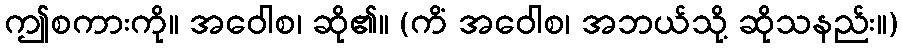
ဤစကားကို။ အဝေါစ၊ ဆို၏။ (ကိံ အဝေါစ၊ အဘယ်သို့ ဆိုသနည်း။)